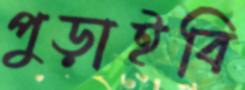
পুড়াইবি